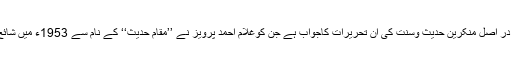
یہ کتاب در اصل منکرینِ حدیث وسنت کی ان تحریرات کاجواب ہے جن کوغلام احمد پرویز نے ’’مقام حدیث‘‘ کے نام سے 1953ء میں شائع کیا تھا۔